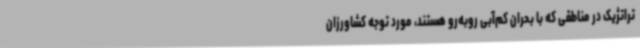
تراتژیک در مناطقی که با بحران کم‌آبی روبه‌رو هستند، مورد توجه کشاورزان